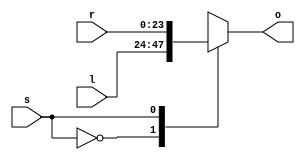
module MUX24(s,l,r,o);
input signed [23:0] l, r;
input s;
output signed [23:0] o;
reg [23:0] o;
always @ (*)
begin
    case(s)
        1'b0 : o = l;
        1'b1 : o = r;
    endcase
end
endmodule